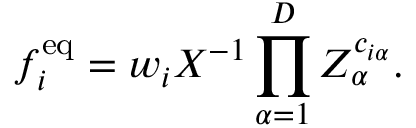
f _ { i } ^ { \mathrm { e q } } = w _ { i } X ^ { - 1 } \prod _ { \alpha = 1 } ^ { D } Z _ { \alpha } ^ { c _ { i \alpha } } .